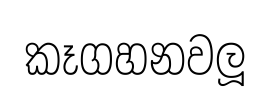
කෑගහනවලූ